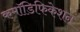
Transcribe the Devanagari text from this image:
कमॉडिफिकेशन